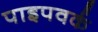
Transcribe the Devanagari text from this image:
पाइपवर्क